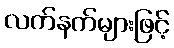
လက်နက်များဖြင့်